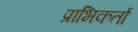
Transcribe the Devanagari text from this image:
प्राभिकर्ता